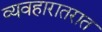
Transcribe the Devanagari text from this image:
व्यवहारातरात